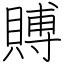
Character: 賻